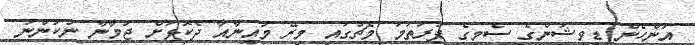
އަންހެން ޑިވިޝަންގެ ސެމީގެ ފުރަތަމަ މެޗުގައި މިރޭ މުއީނާއާ ދެކޮޅަށް ޖުމާނާ ނުކުންނަ